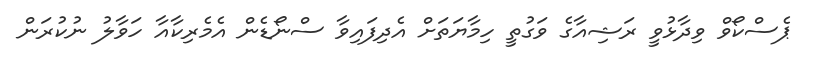
ޕެސްކޯވް ވިދާޅުވީ ރަޝިއާގެ ވަގުތީ ހިމާޔަތަށް އެދިފައިވާ ސްނޯޑެން އެމެރިކާއާ ހަވާލު ނުކުރަން